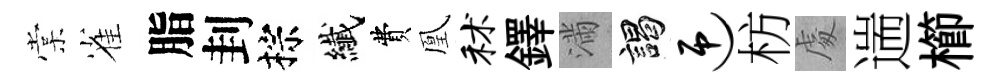
棠雀脂刲棕纎費凰秫鐸滿謁迎枋䖏遄櫛